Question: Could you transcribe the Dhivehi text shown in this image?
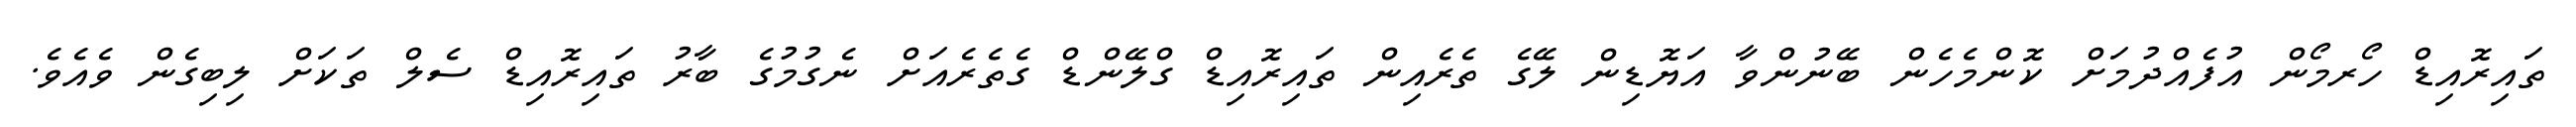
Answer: ތައިރޮއިޑް ހޯރމޯން އުފެއްދުމަށް ކޮންމެހެން ބޭނުންވާ އަޔޮޑިން ލޭގެ ތެރެއިން ތައިރޮއިޑް ގްލޭންޑް ގެތެރެއަށް ނެގުމުގެ ބާރު ތައިރޮއިޑް ސެލް ތަކަށް ލިބިގެން ވެއެވެ.